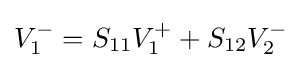
V_{1}^{-}=S_{11}V_{1}^{+}+S_{12}V_{2}^{-}